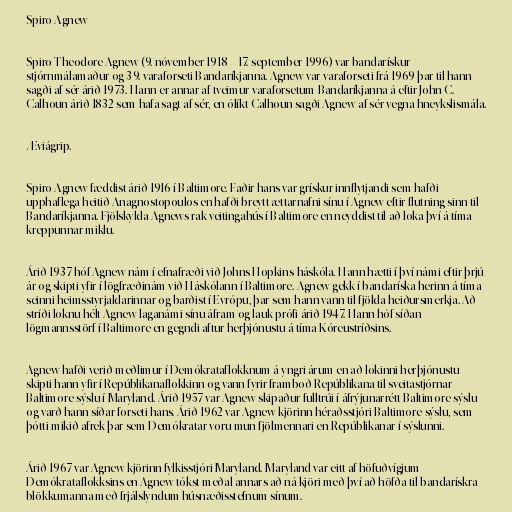
Spiro Agnew

Spiro Theodore Agnew (9. nóvember 1918 – 17. september 1996) var bandarískur
stjórnmálamaður og 39. varaforseti Bandaríkjanna. Agnew var varaforseti frá 1969 þar til hann
sagði af sér árið 1973. Hann er annar af tveimur varaforsetum Bandaríkjanna á eftir John C.
Calhoun árið 1832 sem hafa sagt af sér, en ólíkt Calhoun sagði Agnew af sér vegna hneykslismála.

Æviágrip.

Spiro Agnew fæddist árið 1916 í Baltimore. Faðir hans var grískur innflytjandi sem hafði
upphaflega heitið Anagnostopoulos en hafði breytt ættarnafni sínu í Agnew eftir flutning sinn til
Bandaríkjanna. Fjölskylda Agnews rak veitingahús í Baltimore en neyddist til að loka því á tíma
kreppunnar miklu.

Árið 1937 hóf Agnew nám í efnafræði við Johns Hopkins-háskóla. Hann hætti í því námi eftir þrjú
ár og skipti yfir í lögfræðinám við Háskólann í Baltimore. Agnew gekk í bandaríska herinn á tíma
seinni heimsstyrjaldarinnar og barðist í Evrópu, þar sem hann vann til fjölda heiðursmerkja. Að
stríði loknu hélt Agnew laganámi sínu áfram og lauk prófi árið 1947. Hann hóf síðan
lögmannsstörf í Baltimore en gegndi aftur herþjónustu á tíma Kóreustríðsins.

Agnew hafði verið meðlimur í Demókrataflokknum á yngri árum en að lokinni herþjónustu
skipti hann yfir í Repúblikanaflokkinn og vann fyrir framboð Repúblikana til sveitastjórnar
Baltimore-sýslu í Maryland. Árið 1957 var Agnew skipaður fulltrúi í áfrýjunarrétt Baltimore-sýslu
og varð hann síðar forseti hans. Árið 1962 var Agnew kjörinn héraðsstjóri Baltimore-sýslu, sem
þótti mikið afrek þar sem Demókratar voru mun fjölmennari en Repúblikanar í sýslunni.

Árið 1967 var Agnew kjörinn fylkisstjóri Maryland. Maryland var eitt af höfuðvígjum
Demókrataflokksins en Agnew tókst meðal annars að ná kjöri með því að höfða til bandarískra
blökkumanna með frjálslyndum húsnæðisstefnum sínum.